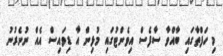
މި ހަފްތާގައި ބާއްވާ ސާފެސް އިވެންޓުގައި މުޅިން އާ ޑިވައިސް އެއް ނުނެރުނު